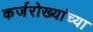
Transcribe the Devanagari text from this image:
कर्जरोख्यांच्या